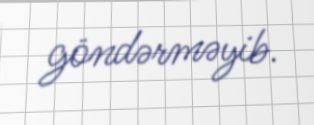
göndərməyib.